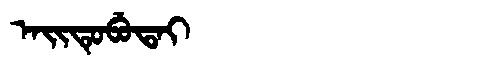
Manchu: ᠠᡳᡨᡠᠪᡠᡨᠠᡳ
Romanization: AITUBUTAI